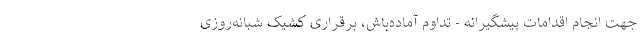
جهت انجام اقدامات پیشگیرانه - تداوم آماده‌باش، برقراری کشیک شبانه‌روزی